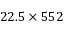
2 2 . 5 \times 5 5 2